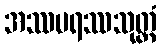
အဿပရဿသုတ္တံ